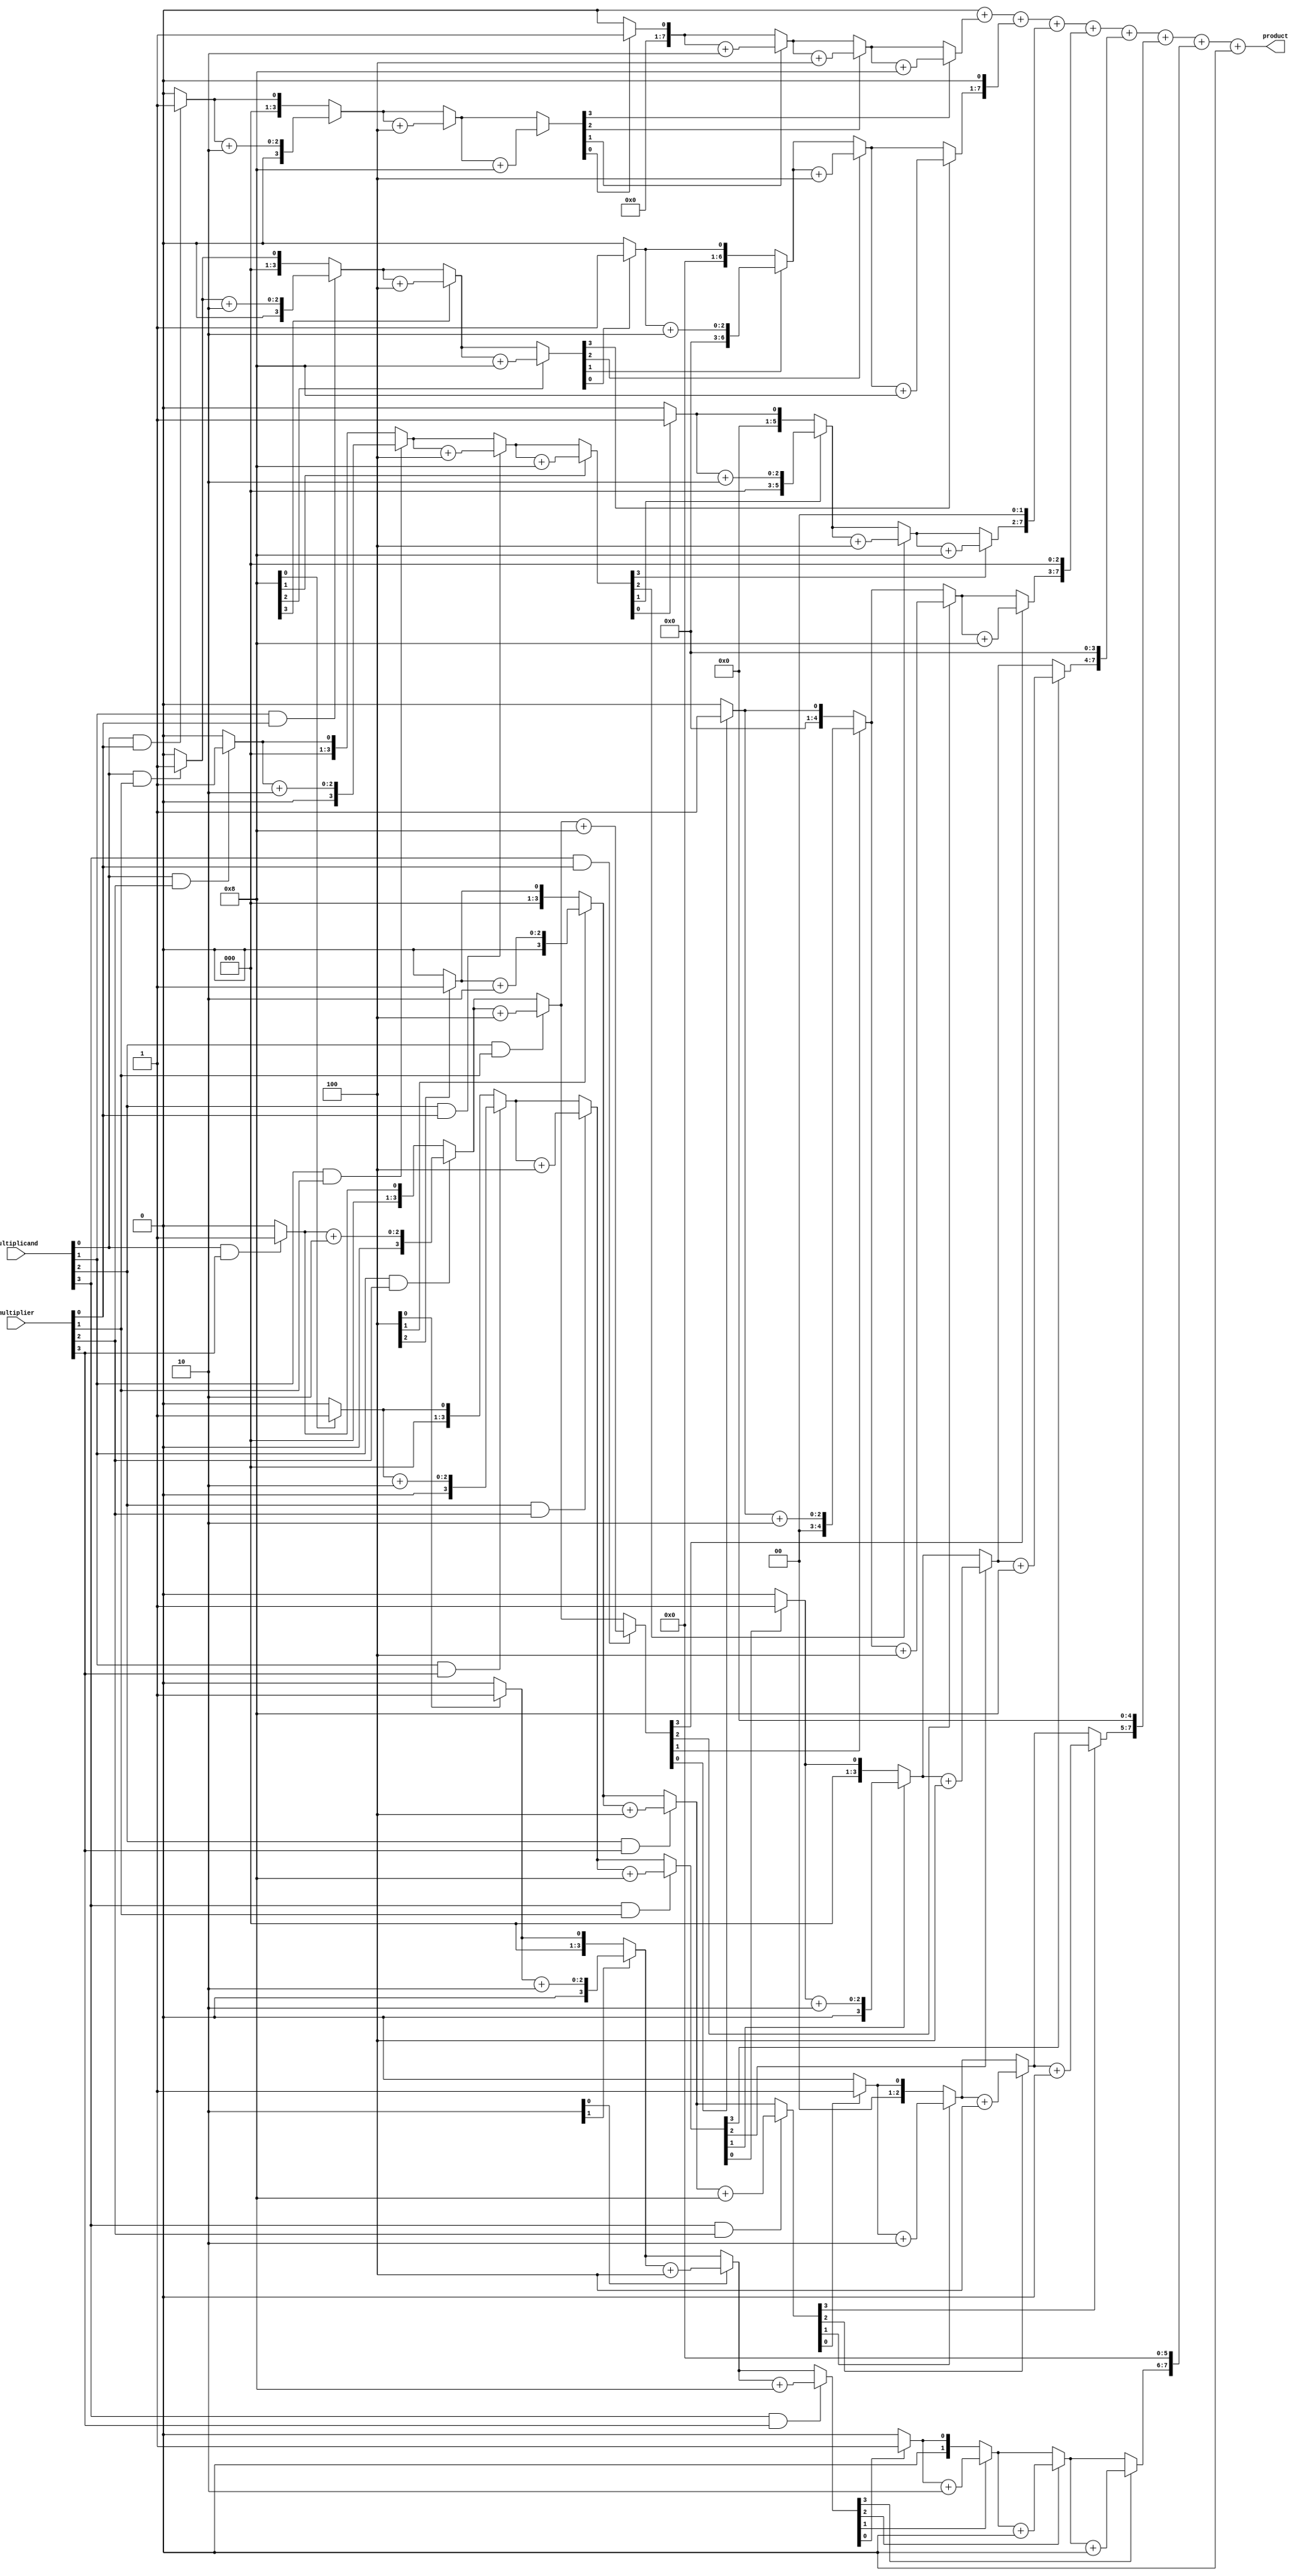
module dadda_multiplier #(parameter M = 4, parameter N = 4)(
    input [M-1:0] multiplicand,
    input [N-1:0] multiplier,
    output reg [M+N-1:0] product
);

    // Internal signals
    reg [M+N-1:0] partial_products [0:M-1];
    reg [M+N-1:0] stage1 [0:M+N-1]; // Intermediate stage after first reduction
    reg [M+N-1:0] stage2 [0:M+N-1]; // Intermediate stage after second reduction
    wire [M+N-1:0] final_sum;

    // Generate Partial Products
    integer i, j;
    always @(*) begin
        for (i = 0; i < M; i = i + 1) begin
            for (j = 0; j < N; j = j + 1) begin
                partial_products[i][j + i] = multiplicand[i] & multiplier[j];
            end
        end
    end

    // Dadda Reduction - Stage 1
    always @(*) begin
        // Clear stage1
        for (i = 0; i < M + N; i = i + 1) begin
            stage1[i] = 0;
        end

        // Combine partial products
        for (j = 0; j < N + M - 1; j = j + 1) begin
            // Adding rules from Dadda algorithm
            for (i = 0; i < M; i = i + 1) begin
                if (partial_products[i][j]) begin
                    stage1[j] = stage1[j] + (1 << i);
                end
            end
        end
    end

    // Dadda Reduction - Stage 2 (combine again)
    always @(*) begin
        // Clear stage2
        for (i = 0; i < M + N; i = i + 1) begin
            stage2[i] = 0;
        end

        for (j = 0; j < N + M - 1; j = j + 1) begin
            // Continue combining results
            for (i = 0; i < M; i = i + 1) begin
                if (stage1[j][i]) begin
                    stage2[j] = stage2[j] + (1 << i);
                end
            end
        end
    end

    // Final Summation (using a simple ripple carry adder)
    always @(*) begin
        product = 0; // Initialize product

        // Sum the last two stages
        for (i = 0; i < M + N; i = i + 1) begin
            product = product + (stage2[i] << i);
        end
    end

endmodule